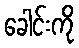
ခေါင်းကို